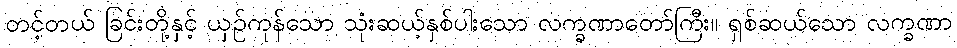
တင့်တယ် ခြင်းတို့နှင့် ယှဉ်ကုန်သော သုံးဆယ့်နှစ်ပါးသော လက္ခဏာတော်ကြီး။ ရှစ်ဆယ်သော လက္ခဏာ